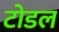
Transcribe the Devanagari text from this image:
टोडल